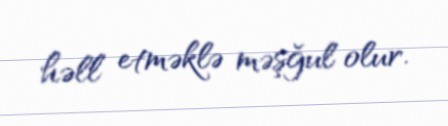
həll etməklə məşğul olur.